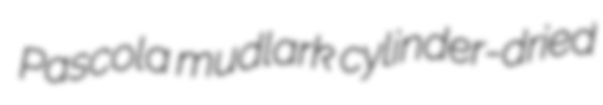
Pascola mudlark cylinder-dried